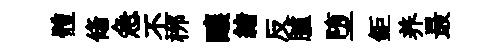
體翛急丕桞釀緖反臚堕鉅养最